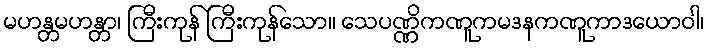
မဟန္တမဟန္တာ၊ ကြီးကုန် ကြီးကုန်သော။ သေပဏ္ဏိကဏူကမဒနကဏူကာဒယောဝါ၊